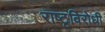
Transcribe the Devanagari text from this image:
राष्टृविरोधी